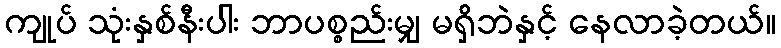
ကျုပ် သုံးနှစ်နီးပါး ဘာပစ္စည်းမျှ မရှိဘဲနှင့် နေလာခဲ့တယ်။